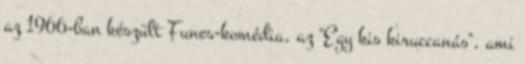
az 1966-ban készült Funes-komédia, az "Egy kis kiruccanás", ami